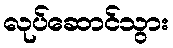
လုပ်ဆောင်သွား